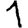
Digit: 1